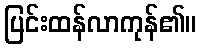
ပြင်းထန်လာကုန်၏။